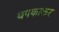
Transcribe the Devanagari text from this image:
थपकाकर